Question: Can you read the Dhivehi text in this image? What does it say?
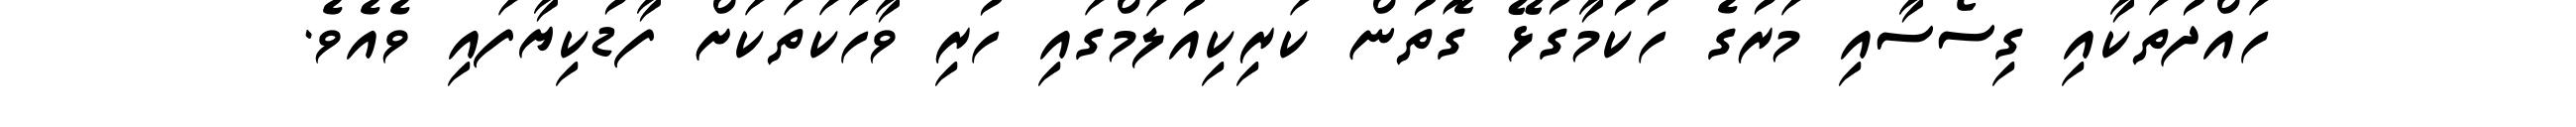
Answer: ހައްދުތަކާއި ގިސޯސާއި މަރުގެ ހުކުމާގުޅޭ ގޮތުން ކަރިކިއުލަމްގައި ހުރި ވާހަކަތަކަށް ފާޑުކިޔާފައި ވެއެވެ.